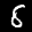
Label: 8